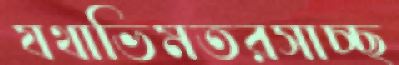
যথাভিমতরসাচ্ছ